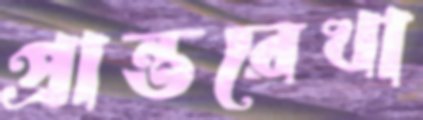
প্রান্তরেখা